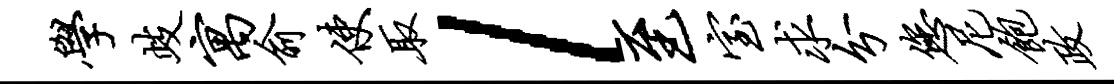
学歧寓俞使取l至室求分您尼饱政